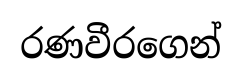
රණවීරගෙන්